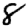
Digit: 8